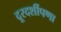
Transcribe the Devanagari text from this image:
दूरदर्शीपणा